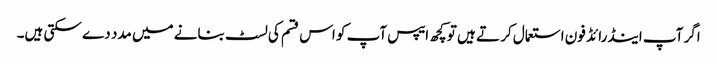
اگر آپ اینڈرائڈ فون استعمال کر تے ہیں تو کچھ ایپس آپ کو اس قسم کی لسٹ بنانے میں مدد دے سکتی ہیں۔